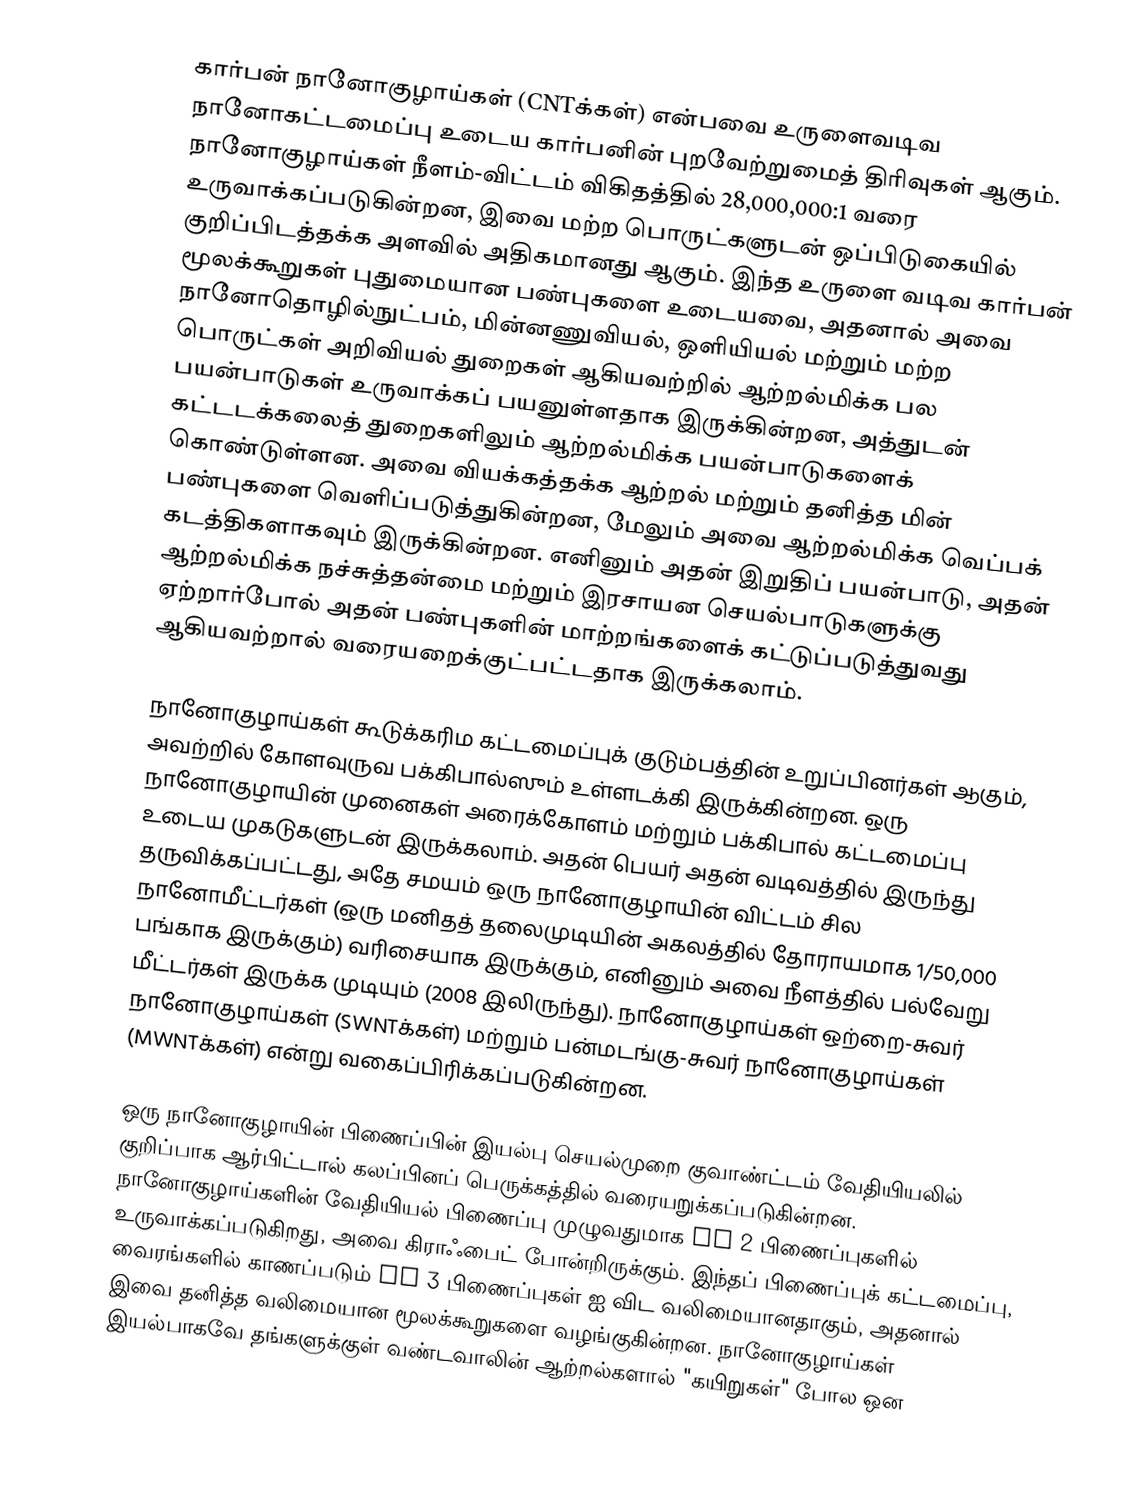
கார்பன் நானோகுழாய்கள் (CNTக்கள்) என்பவை உருளைவடிவ நானோகட்டமைப்பு உடைய கார்பனின் புறவேற்றுமைத் திரிவுகள் ஆகும். நானோகுழாய்கள் நீளம்-விட்டம் விகிதத்தில் 28,000,000:1 வரை உருவாக்கப்படுகின்றன, இவை மற்ற பொருட்களுடன் ஒப்பிடுகையில் குறிப்பிடத்தக்க அளவில் அதிகமானது ஆகும். இந்த உருளை வடிவ கார்பன் மூலக்கூறுகள் புதுமையான பண்புகளை உடையவை, அதனால் அவை நானோதொழில்நுட்பம், மின்னணுவியல், ஒளியியல் மற்றும் மற்ற பொருட்கள் அறிவியல் துறைகள் ஆகியவற்றில் ஆற்றல்மிக்க பல பயன்பாடுகள் உருவாக்கப் பயனுள்ளதாக இருக்கின்றன, அத்துடன் கட்டடக்கலைத் துறைகளிலும் ஆற்றல்மிக்க பயன்பாடுகளைக் கொண்டுள்ளன. அவை வியக்கத்தக்க ஆற்றல் மற்றும் தனித்த மின் பண்புகளை வெளிப்படுத்துகின்றன, மேலும் அவை ஆற்றல்மிக்க வெப்பக் கடத்திகளாகவும் இருக்கின்றன. எனினும் அதன் இறுதிப் பயன்பாடு, அதன் ஆற்றல்மிக்க நச்சுத்தன்மை மற்றும் இரசாயன செயல்பாடுகளுக்கு ஏற்றார்போல் அதன் பண்புகளின் மாற்றங்களைக் கட்டுப்படுத்துவது ஆகியவற்றால் வரையறைக்குட்பட்டதாக இருக்கலாம்.

நானோகுழாய்கள் கூடுக்கரிம கட்டமைப்புக் குடும்பத்தின் உறுப்பினர்கள் ஆகும், அவற்றில் கோளவுருவ பக்கிபால்ஸும் உள்ளடக்கி இருக்கின்றன. ஒரு நானோகுழாயின் முனைகள் அரைக்கோளம் மற்றும் பக்கிபால் கட்டமைப்பு உடைய முகடுகளுடன் இருக்கலாம். அதன் பெயர் அதன் வடிவத்தில் இருந்து தருவிக்கப்பட்டது, அதே சமயம் ஒரு நானோகுழாயின் விட்டம் சில நானோமீட்டர்கள் (ஒரு மனிதத் தலைமுடியின் அகலத்தில் தோராயமாக 1/50,000 பங்காக இருக்கும்) வரிசையாக இருக்கும், எனினும் அவை நீளத்தில் பல்வேறு மீட்டர்கள் இருக்க முடியும் (2008 இலிருந்து). நானோகுழாய்கள் ஒற்றை-சுவர் நானோகுழாய்கள் (SWNTக்கள்) மற்றும் பன்மடங்கு-சுவர் நானோகுழாய்கள் (MWNTக்கள்) என்று வகைப்பிரிக்கப்படுகின்றன.

ஒரு நானோகுழாயின் பிணைப்பின் இயல்பு செயல்முறை குவாண்ட்டம் வேதியியலில் குறிப்பாக ஆர்பிட்டால் கலப்பினப் பெருக்கத்தில் வரையறுக்கப்படுகின்றன. நானோகுழாய்களின் வேதியியல் பிணைப்பு முழுவதுமாக sp 2 பிணைப்புகளில் உருவாக்கப்படுகிறது, அவை கிராஃபைட் போன்றிருக்கும். இந்தப் பிணைப்புக் கட்டமைப்பு, வைரங்களில் காணப்படும் sp 3 பிணைப்புகள் ஐ விட வலிமையானதாகும், அதனால் இவை தனித்த வலிமையான மூலக்கூறுகளை வழங்குகின்றன. நானோகுழாய்கள் இயல்பாகவே தங்களுக்குள் வண்டவாலின் ஆற்றல்களால் "கயிறுகள்" போல ஒன